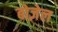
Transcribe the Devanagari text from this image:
बोज़ेल